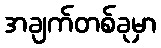
အချက်တစ်ခုမှာ